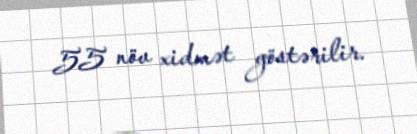
55 növ xidmət göstərilir.